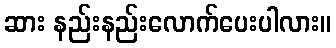
ဆား နည်းနည်းလောက်ပေးပါလား။